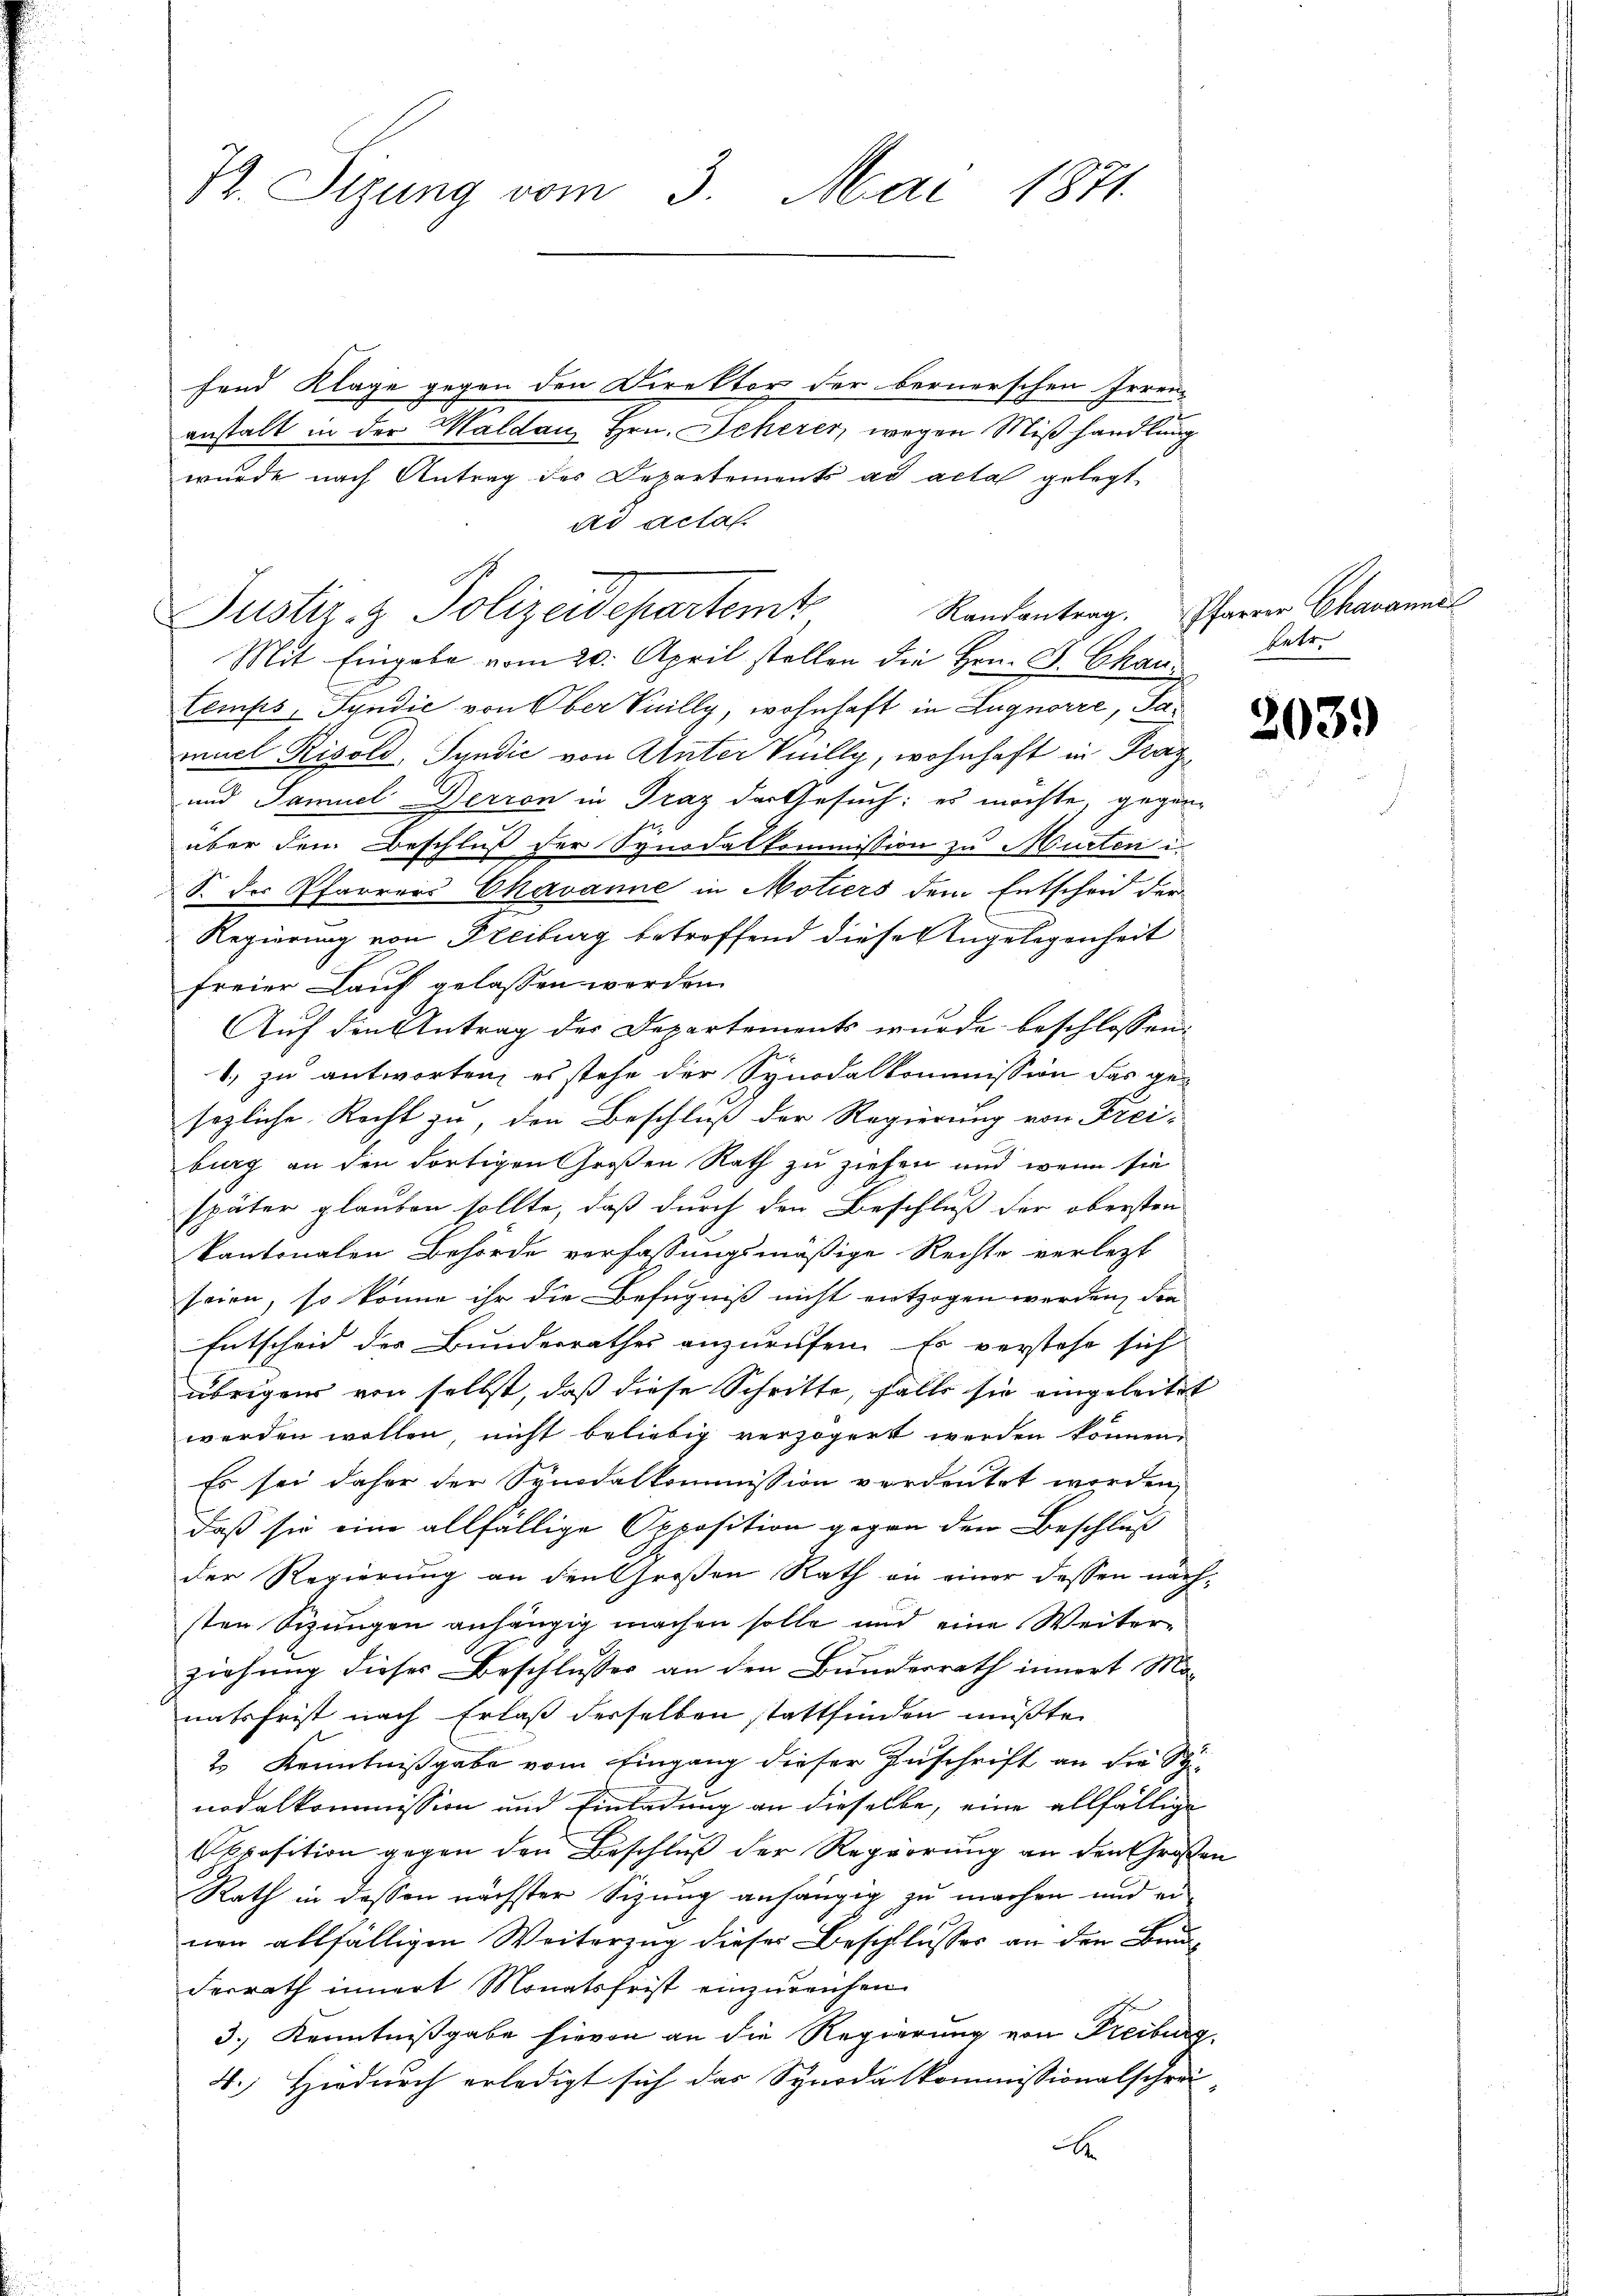
R. Sizung vom 3. Mai 1871.

Justiz- & Polizeidepartemt

fend Klage gegen den Direktor der bernerschen Irren-
anstalt in der Waldans Hrn. Scherer, wegen Mißhandlung
wurde nach Antrag des Departements ad acta gelegt
ad actat.
Mit Eingabe vom 20. April stellen die Hrn. G. Chau
Cemps, Syndić von Ober Knilly, wohnhaft in Lugnarre, Samuel Risold, Syndić von Unter Vnilly, wohnhaft in Frag
und Samuel Derren in Prag der Gesuch: es möchte, gegenf
über dem Beschluß der Synodalkommission zu Murten i
S. der Pfarrers Chavanne in Motiers dem Entscheid der
Regierung von Freiburg betreffend diese Angelegenheit
freier Lauf gelassen werden.
Auf den Antrag der Departements wurde beschlossen:
1.) zu antworten, es stehe der Synodalkommission das gesozliche Recht zu, den Beschluß der Regierung von Frei-
burg an den dortigen Großen Rath zu ziehen und wenn sie
später glauben sollte, daß durch den Beschluß der obersten
kantonalen Behörde verfassungsmäßige Rechte verletzt
seien, so könne ihr die Befugniß nicht entzogen werden, die
Entscheid der Bunderrathes anzurufen. Es verstehe sich
übrigens von selbst, daß diese Schritte, falls sie eingeleitet
werden wollen, nicht beliebig verzögert werden können,
Es sei daher der Synodalkommission verdeutet werden,
daß sie eine allfällige Opposition gegen den Beschluß
der Regierung an den Großen Rath an einer dessen nachsten Sizungen anhängig machen solle und eine Weiterziehung dieser Beschlusses an den Bunderrath innert Monatsfrist nach Erlaß derselben stattfinden müßte.
2 Kenntnißgabe vom Eingang dieser Zuschrift an die Sti-
nodalkommission und Einladung an dieselbe, eine allfällige
Exposition gegen den Beschluß der Regierung an den Großen
Rath in dessen nächster Sizung anhängig zu machen und ernen allfälligen Weiterzug dieser Beschlusser an den Brunderrath innert Monatsfrist einzureichen.
3. Kenntnißgabe hievon an die Regierung von Freiburg.
4.) Hiedurch erledigt sich das Synodalkommissionalschrei
.

Randantrag. Pfarrer Chavannat
betr.

203.